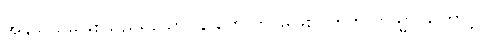
အနုသယမဖြစ်သည်ရှိသော်။ န ဟောတိ၊ မဖြစ်။ ဣတိ တသ္မာ၊ ကြောင့်။